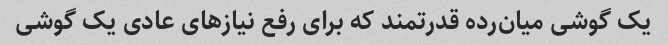
یک گوشی میان‌رده قدرتمند که برای رفع نیازهای عادی یک گوشی